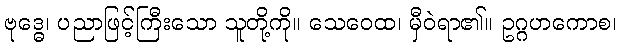
ဗုဒ္ဓေ၊ ပညာဖြင့်ကြီးသော သူတို့ကို။ သေဝေထ၊ မှီဝဲရာ၏။ ဥဂ္ဂဟကောစ၊